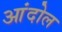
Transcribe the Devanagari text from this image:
आंदोल